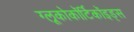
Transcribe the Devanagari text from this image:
ग्लूकोकॉर्टिकॉइड्स